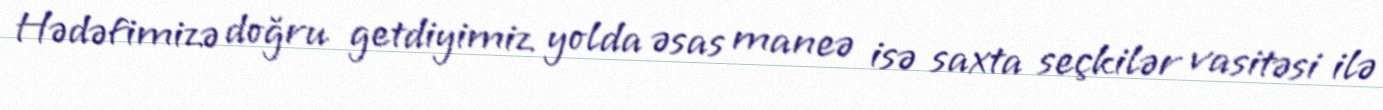
Hədəfimizə doğru getdiyimiz yolda əsas maneə isə saxta seçkilər vasitəsi ilə